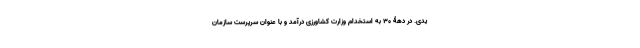
یدی. در دهۀ 30 به استخدام وزارت کشاورزی درآمد و با عنوان سرپرست سازمان